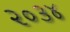
૨૦૩૪